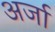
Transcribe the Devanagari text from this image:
अर्जा